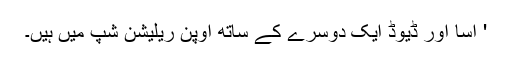
' اسا اور ڈیوڈ ایک دوسرے کے ساتھ اوپن ریلیشن شپ میں ہیں۔